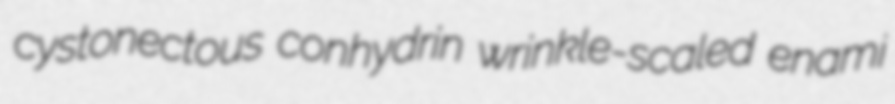
cystonectous conhydrin wrinkle-scaled enami